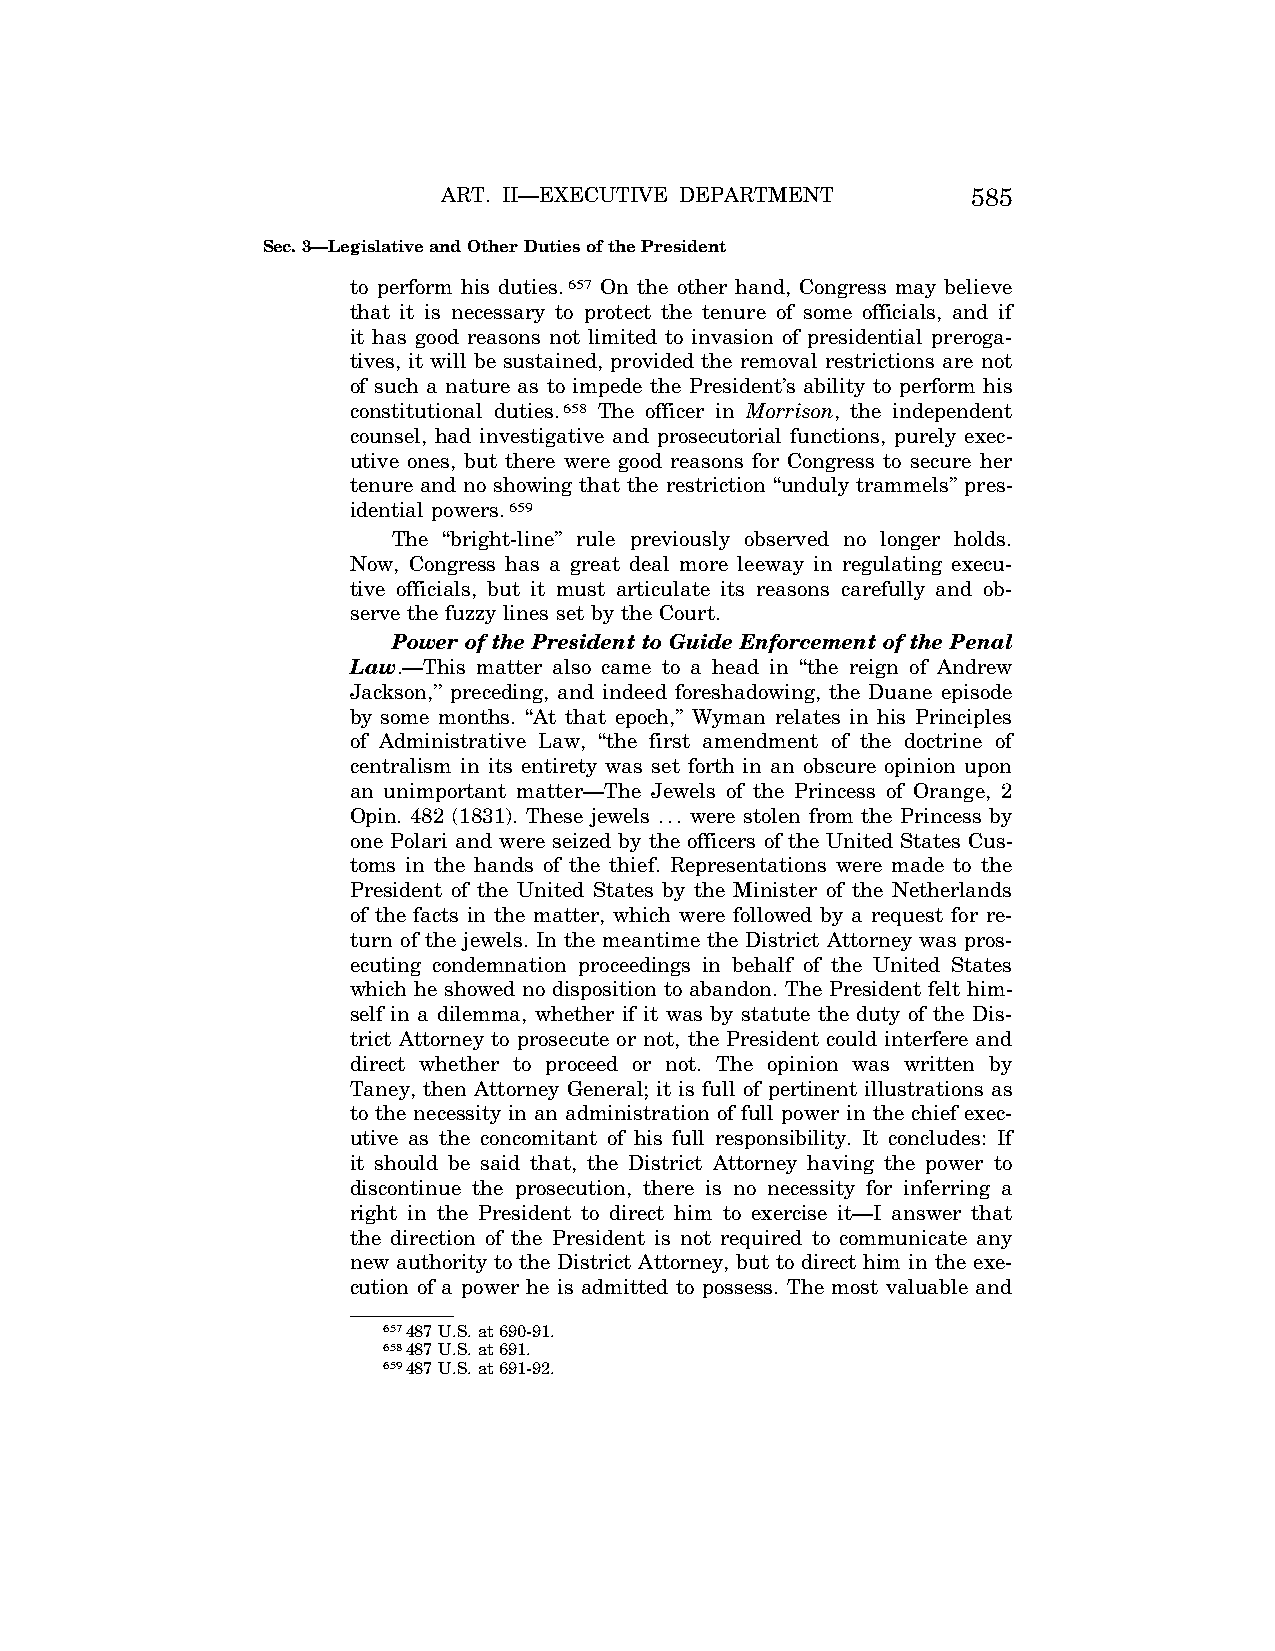
ART. II—EXECUTIVE DEPARTMENT       585
 Sec. 3—Legislative and Other Duties of the President
 to perform his duties.657 On the other hand, Congress may believe
 that it is necessary to protect the tenure of some officials, and if
 it has good reasons not limited to invasion of presidential preroga-
 tives, it will be sustained, provided the removal restrictions are not
 of such a nature as to impede the President’s ability to perform his
 constitutional duties.658 The officer in Morrison, the independent
 counsel, had investigative and prosecutorial functions, purely exec-
 utive ones, but there were good reasons for Congress to secure her
 tenure and no showing that the restriction ‘‘unduly trammels’’ pres-
 idential powers.659
 The ‘‘bright-line’’ rule previously observed no longer holds.
 Now, Congress has a great deal more leeway in regulating execu-
 tive officials, but it must articulate its reasons carefully and ob-
 serve the fuzzy lines set by the Court.
 Power of the President to Guide Enforcement of the Penal
 Law.—This matter also came to a head in ‘‘the reign of Andrew
 Jackson,’’ preceding, and indeed foreshadowing, the Duane episode
 by some months. ‘‘At that epoch,’’ Wyman relates in his Principles
 of Administrative Law, ‘‘the first amendment of the doctrine of
 centralism in its entirety was set forth in an obscure opinion upon
 an unimportant matter—The Jewels of the Princess of Orange, 2
 Opin. 482 (1831). These jewels ... were stolen from the Princess by
 one Polari and were seized by the officers of the United States Cus-
 toms in the hands of the thief. Representations were made to the
 President of the United States by the Minister of the Netherlands
 of the facts in the matter, which were followed by a request for re-
 turn of the jewels. In the meantime the District Attorney was pros-
 ecuting condemnation proceedings in behalf of the United States
 which he showed no disposition to abandon. The President felt him-
 self in a dilemma, whether if it was by statute the duty of the Dis-
 trict Attorney to prosecute or not, the President could interfere and
 direct whether to proceed or not. The opinion was written by
 Taney, then Attorney General; it is full of pertinent illustrations as
 to the necessity in an administration of full power in the chief exec-
 utive as the concomitant of his full responsibility. It concludes: If
 it should be said that, the District Attorney having the power to
 discontinue the prosecution, there is no necessity for inferring a
 right in the President to direct him to exercise it—I answer that
 the direction of the President is not required to communicate any
 new authority to the District Attorney, but to direct him in the exe-
 cution of a power he is admitted to possess. The most valuable and
 657487 U.S. at 690-91.
 658487 U.S. at 691.
 659487 U.S. at 691-92.
 VerDate Aug<04>2004 13:21 Oct 06, 2004 Jkt 077500 PO 00000 Frm 00153 Fmt 8222 Sfmt 8222 C:\CONAN\CON011.SGM PRFM99 PsN: CON011